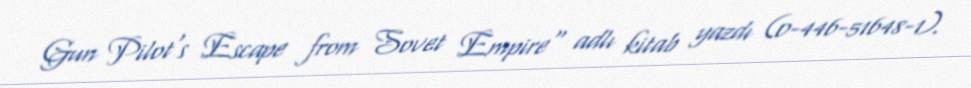
Gun Pilot's Escape from Sovet Empire" adlı kitab yazdı (0-446-51648-1).